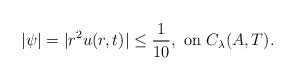
LaTeX: \begin{align*}|\psi|=|r^2u(r,t)|\leq \frac{1}{10},\,\,{\rm on}\,\, C_{\lambda}(A,T).\end{align*}